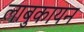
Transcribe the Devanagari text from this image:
लाबुकायन